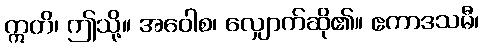
ဣတိ၊ ဤသို့။ အဝေါစ၊ လျှောက်ဆို၏။ ဧကာဒသမီ၊